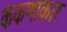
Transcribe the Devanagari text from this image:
कंकणाकार